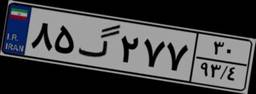
۸۵گ۲۷۷۳۰